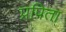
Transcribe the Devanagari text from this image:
प्रपिता